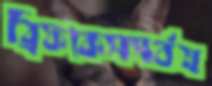
ব্রিফকেসসর্বস্ব